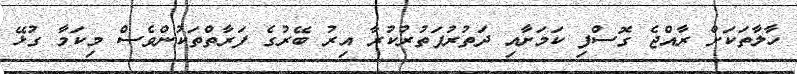
ހާލާތަކަށް ރާއްޖެ ގޮސްފި ކަމަށާއި ދަތުރުފަތުރުކުރާ އިރު ބޭރުގެ ފަރާތްތަކުންވެސް މިކަމާ ގުޅޭ